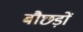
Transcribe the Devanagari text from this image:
बौछड़ों